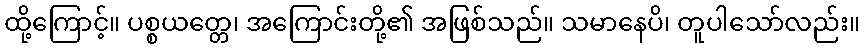
ထို့ကြောင့်။ ပစ္စယတ္တေ၊ အကြောင်းတို့၏ အဖြစ်သည်။ သမာနေပိ၊ တူပါသော်လည်း။